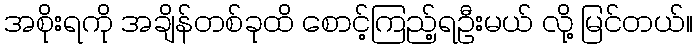
အစိုးရကို အချိန်တစ်ခုထိ စောင့်ကြည့်ရဦးမယ် လို့ မြင်တယ်။